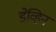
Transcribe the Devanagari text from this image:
डेव्हिन